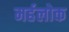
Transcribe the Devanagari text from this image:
मर्हलोक